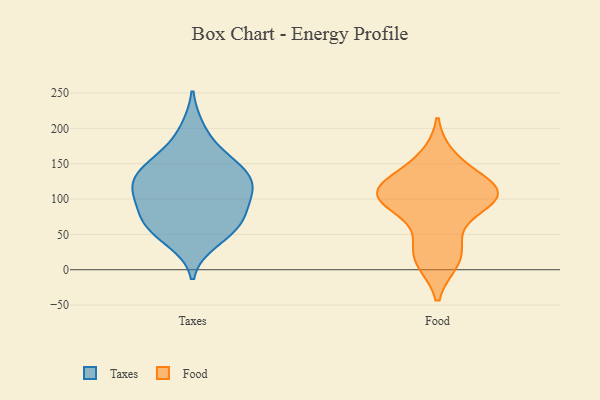
{"axis": {"x": "Website Visitors", "y": "Value"}, "legend": ["Food", "Taxes"], "data": [{"x": "", "y": 41, "type": "Taxes"}, {"x": "", "y": 55, "type": "Taxes"}, {"x": "", "y": 155, "type": "Taxes"}, {"x": "", "y": 105, "type": "Taxes"}, {"x": "", "y": 64, "type": "Taxes"}, {"x": "", "y": 156, "type": "Taxes"}, {"x": "", "y": 72, "type": "Taxes"}, {"x": "", "y": 116, "type": "Taxes"}, {"x": "", "y": 121, "type": "Taxes"}, {"x": "", "y": 198, "type": "Taxes"}, {"x": "", "y": 126, "type": "Taxes"}, {"x": "", "y": 70, "type": "Taxes"}, {"x": "", "y": 144, "type": "Taxes"}, {"x": "", "y": 121, "type": "Taxes"}, {"x": "", "y": 91, "type": "Taxes"}, {"x": "", "y": 105, "type": "Food"}, {"x": "", "y": 102, "type": "Food"}, {"x": "", "y": 12, "type": "Food"}, {"x": "", "y": 94, "type": "Food"}, {"x": "", "y": 46, "type": "Food"}, {"x": "", "y": 118, "type": "Food"}, {"x": "", "y": 106, "type": "Food"}, {"x": "", "y": 103, "type": "Food"}, {"x": "", "y": 159, "type": "Food"}, {"x": "", "y": 130, "type": "Food"}, {"x": "", "y": 17, "type": "Food"}]}